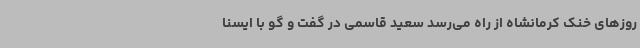
روزهای خنک کرمانشاه از راه می‌رسد سعید قاسمی در گفت و گو با ایسنا